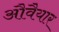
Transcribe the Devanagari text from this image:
औवैयार